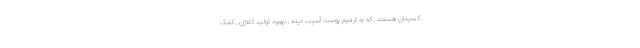
کسیدان هستند , که به ترمیم پوست آسیب دیده , بهبود تولید کلاژن , کمک